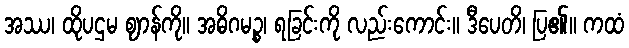
အဿ၊ ထိုပဌမ ဈာန်ကို။ အဓိဂမဉ္စ၊ ရခြင်းကို လည်းကောင်း။ ဒီပေတိ၊ ပြ၏။ ကထံ